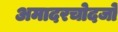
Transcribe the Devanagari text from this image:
अमादरचोदजो